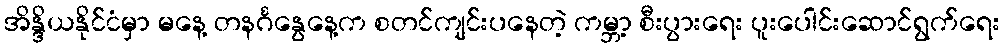
အိန္ဒိယနိုင်ငံမှာ မနေ့ တနင်္ဂနွေနေ့က စတင်ကျင်းပနေတဲ့ ကမ္ဘာ့ စီးပွားရေး ပူးပေါင်းဆောင်ရွက်ရေး